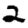
Digit: 2